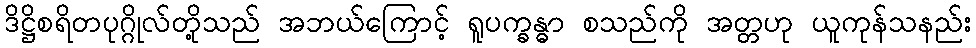
ဒိဋ္ဌိစရိတပုဂ္ဂိုလ်တို့သည် အဘယ်ကြောင့် ရူပက္ခန္ဓာ စသည်ကို အတ္တဟု ယူကုန်သနည်း